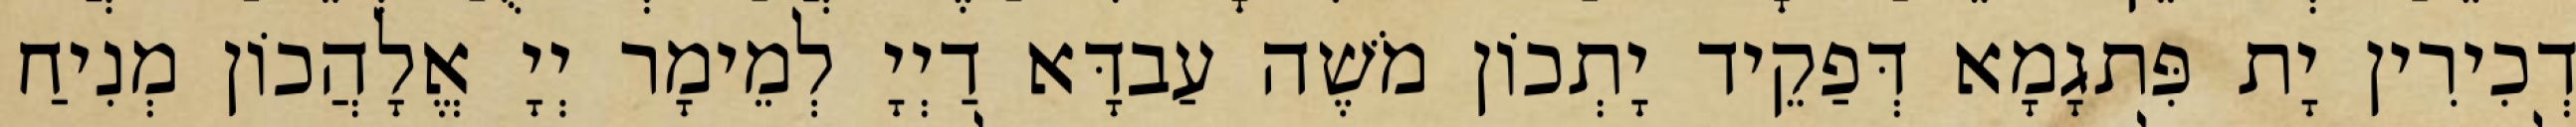
דְכִירִין יָת פִּתגָמָא דְּפַקֵיד יָתְכוֹן מֹשֶׁה עַבדָּא דַיְיָ לְמֵימָר יְיָ אֱלָהֲכוֹן מְנִיחַ